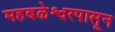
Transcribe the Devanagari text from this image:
महबळेश्वरपासून